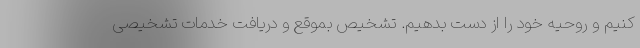
کنیم و روحیه خود را از دست بدهیم. تشخیص بموقع و دریافت خدمات تشخیصی